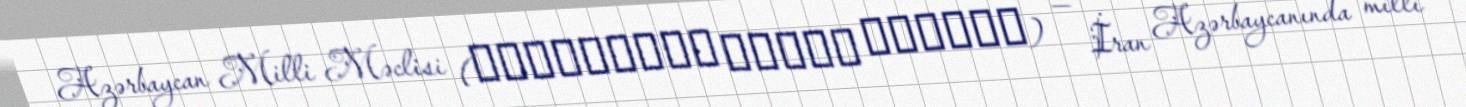
Azərbaycan Milli Məclisi (آذربایجان میللی مجلیسی) — İran Azərbaycanında milli